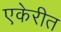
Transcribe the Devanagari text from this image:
एकेरीत